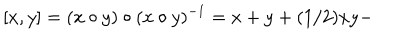
LaTeX: [ x , y ] = ( x \circ y ) \circ ( x \circ y ) ^ { - 1 } = x + y + ( 1 / 2 ) x y -